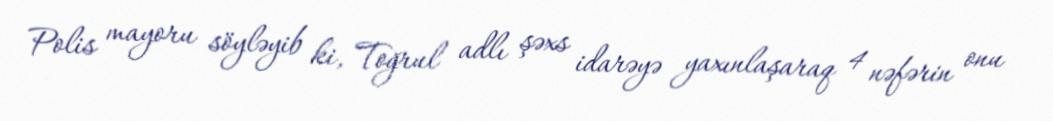
Polis mayoru söyləyib ki, Toğrul adlı şəxs idarəyə yaxınlaşaraq 4 nəfərin onu